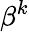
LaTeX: \beta^{k}